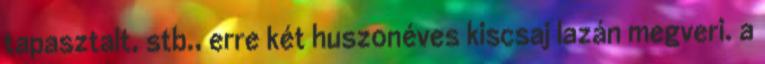
tapasztalt, stb., erre két huszonéves kiscsaj lazán megveri. a